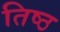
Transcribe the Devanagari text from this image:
तिष्ठ